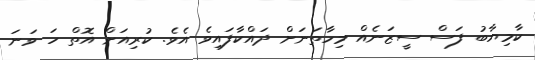
ކާމިޔާބު ފަސް ސީޒަނެއް މިހާތަނަށް ދައްކާފައިވެ އެވެ. ކުރިއަށް އޮތް ހަ ވަނަ